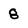
Character: 8